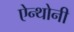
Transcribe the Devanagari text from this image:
ऐन्थोनी